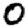
Digit: 0